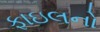
ફાઇલનો